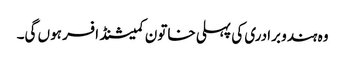
وہ ہندو برادری کی پہلی خاتون کمیشنڈ افسر ہوں گی۔